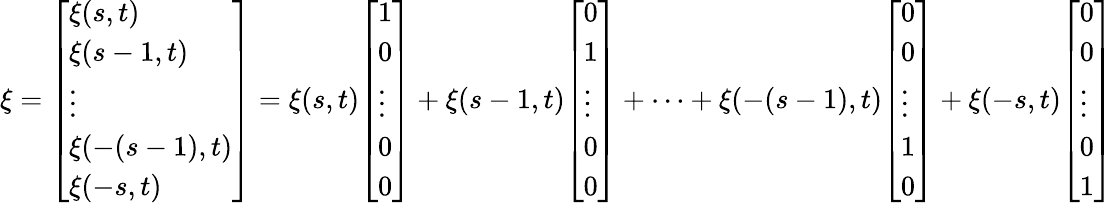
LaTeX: \xi={\left[\begin{array}{l}{\xi(s,t)}\\ {\xi(s-1,t)}\\ {\vdots}\\ {\xi(-(s-1),t)}\\ {\xi(-s,t)}\end{array}\right]}=\xi(s,t){\left[\begin{array}{l}{1}\\ {0}\\ {\vdots}\\ {0}\\ {0}\end{array}\right]}+\xi(s-1,t){\left[\begin{array}{l}{0}\\ {1}\\ {\vdots}\\ {0}\\ {0}\end{array}\right]}+\cdots+\xi(-(s-1),t){\left[\begin{array}{l}{0}\\ {0}\\ {\vdots}\\ {1}\\ {0}\end{array}\right]}+\xi(-s,t){\left[\begin{array}{l}{0}\\ {0}\\ {\vdots}\\ {0}\\ {1}\end{array}\right]}